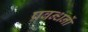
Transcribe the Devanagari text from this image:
प्रबन्धनाें